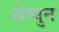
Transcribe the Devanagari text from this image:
सेग्युन